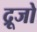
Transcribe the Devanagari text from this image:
द्रूजो